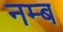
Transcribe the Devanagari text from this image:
नम्ब